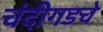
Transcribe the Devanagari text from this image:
चंदीगडचे